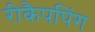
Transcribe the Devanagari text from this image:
रीकैपपिंग